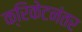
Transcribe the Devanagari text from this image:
क्रिकेटनंतर